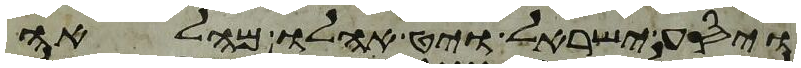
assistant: ויסע ישראל ויט אהלו מהלאה